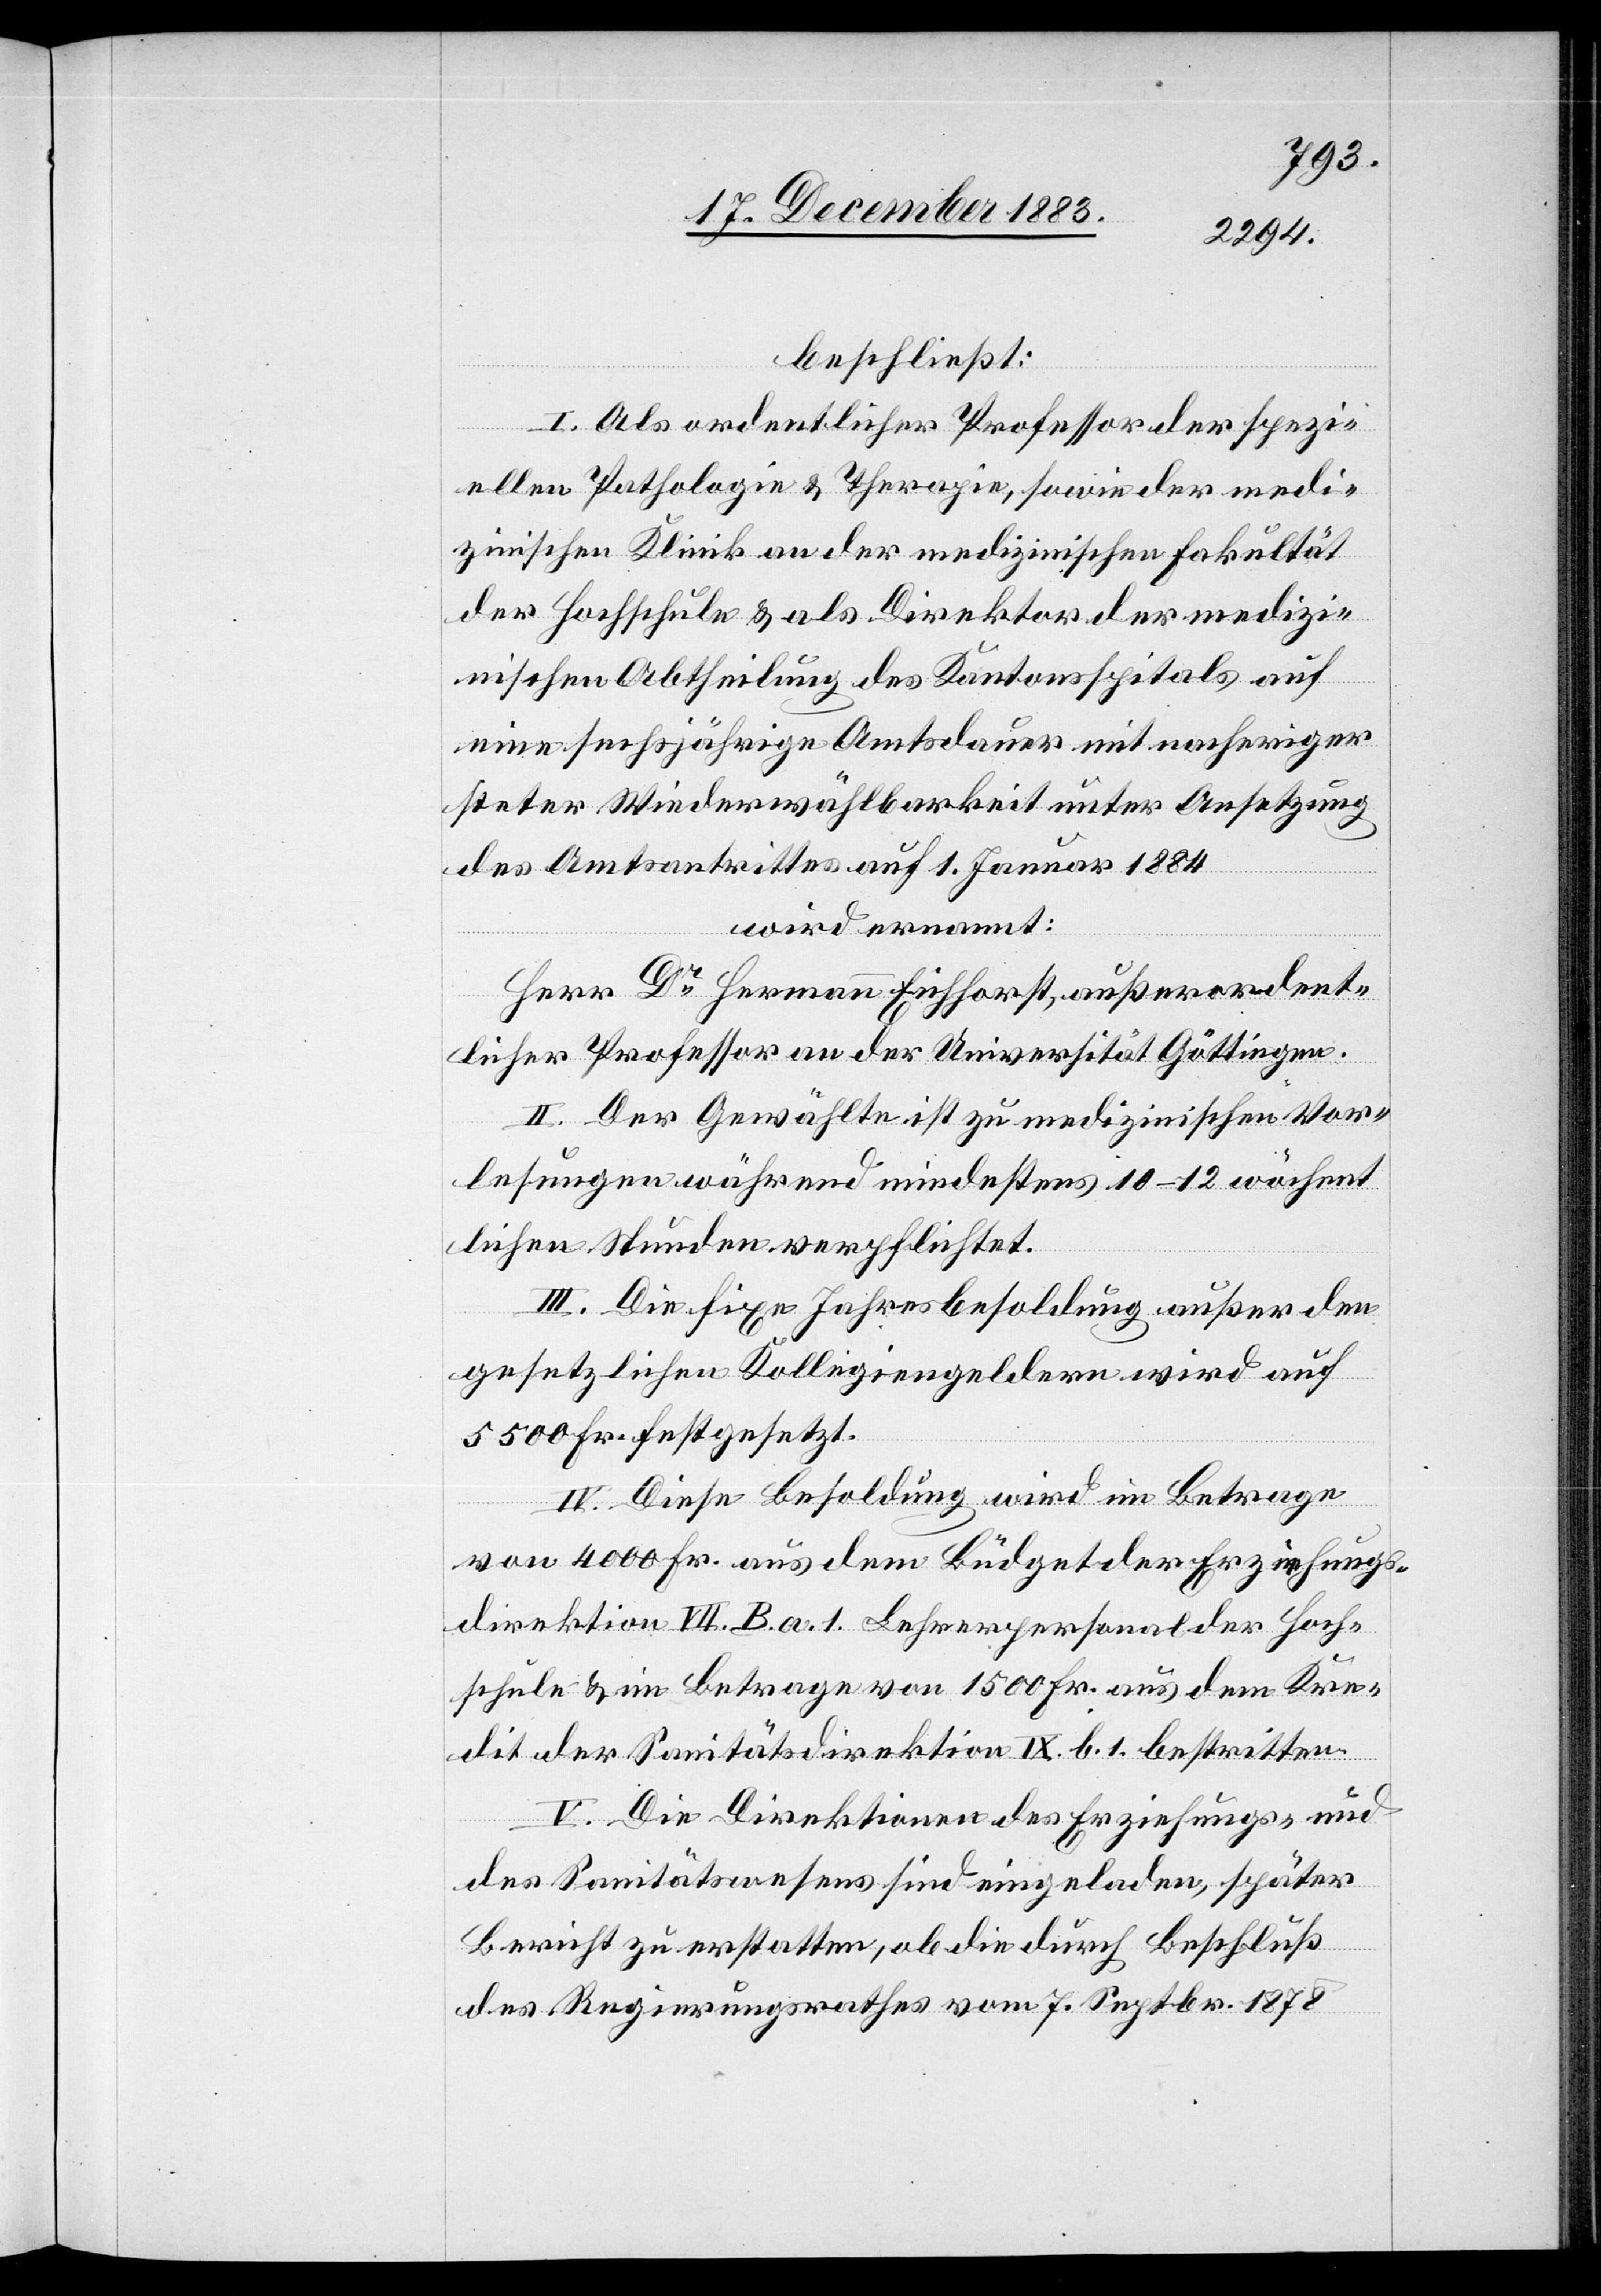
beschließt:
I. Als ordentlicher Professor der spezi¬
ellen Pathologie & Therapie, sowie der medi¬
zinischen Abtheilung des Kantonsspitals auf
eine sechsjährige Amtsdauer mit nach[h]eriger
steter Wiederwählbarkeit unter Ansetzung
des Amtsantrittes auf 1. Januar 1884
wird ernannt:
Herr Dr Hermann Eichhorst, außerordent¬
licher Professor an der Universität Göttingen.
II. Der Gewählte ist zu medizinischen Vor¬
lesungen während mindesten 10–12 wöchent¬
lichen Stunden verpflichtet.
III. Die fixe Jahresbesoldung außer den
gesetzlichen Kollegiengeldern wird auf
5500 Fr. festgesetzt.
IV. Diese Besoldung wird im Betrage
von 4000 Fr. aus dem Büdget der Erziehungs¬
direktion VII. B. a. 1. Lehrerpersonal der Hoch¬
schule & im Betrage von 1500 Fr. aus dem Kre¬
dit der Sanitätsdirektion IX. b. 1 bestritten.
V. Die Direktionen des Erziehungs- und
des Sanitätswesens sind eingeladen, später
Bericht zu erstatten, ob die durch Beschluß
des Regierungsrathes vom 7. Septbr. 1878